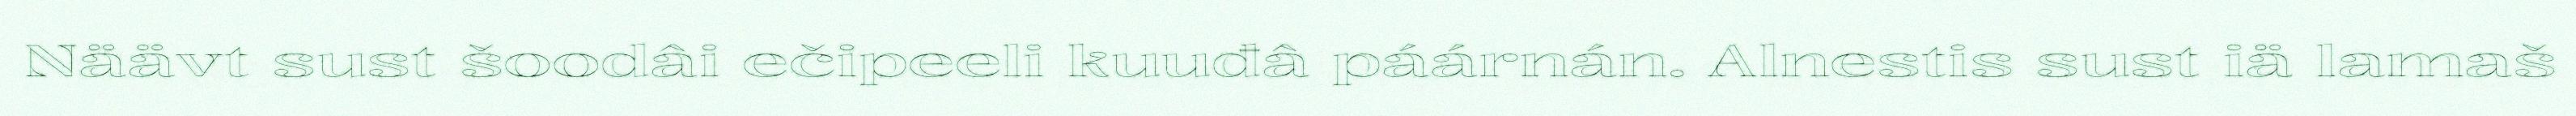
Näävt sust šoodâi ečipeeli kuuđâ páárnán. Alnestis sust iä lamaš